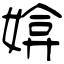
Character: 媕